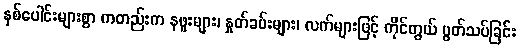
နှစ်ပေါင်းများစွာ ကတည်းက နဖူးများ၊ နှုတ်ခမ်းများ၊ လက်များဖြင့် ကိုင်တွယ် ပွတ်သပ်ခြင်း